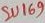
Text: SU169